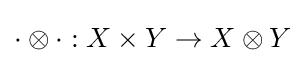
\cdot \otimes \cdot :X\times Y\to X\otimes Y